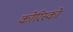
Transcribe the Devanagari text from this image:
कोरिस्को